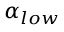
\alpha _ { l o w }